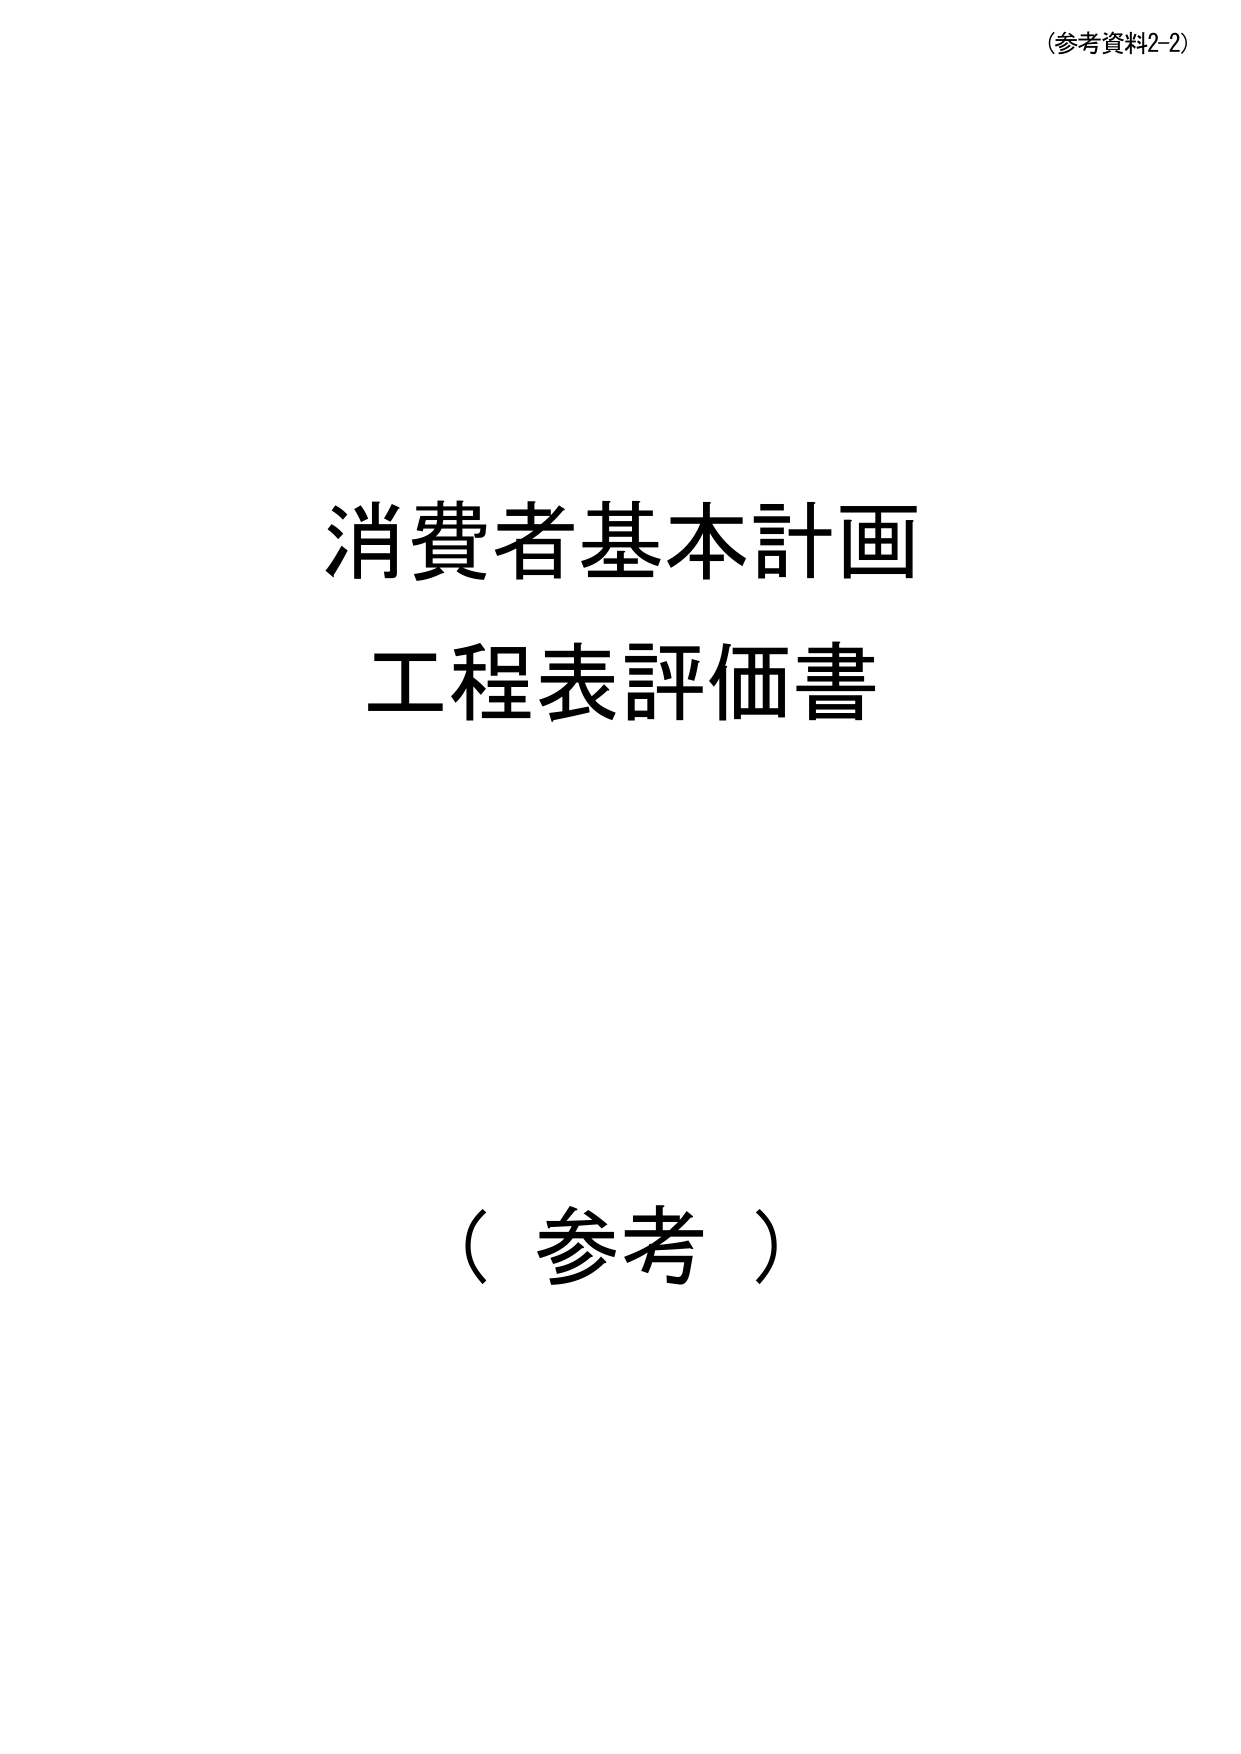
(参考資料2-2)

消費者基本計画
工程表評価書

（参考）